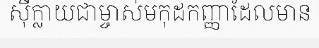
ស៊ីក្លាយជាម្ចាស់មកុដកញ្ញាដែលមាន